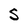
Character: 5